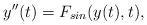
LaTeX: \begin{align*}y''(t)=F_{sin}(y(t),t),\end{align*}